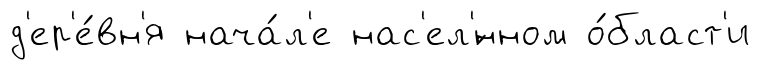
д'ер'е́вн'я нача́л'е нас'ел'́нном о́бласт'и